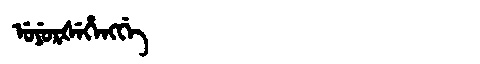
Manchu: ᡠᠶᡠᡵᡧᡝᡥᡝᠩᡤᡝ
Romanization: UYURŠEHENGGE